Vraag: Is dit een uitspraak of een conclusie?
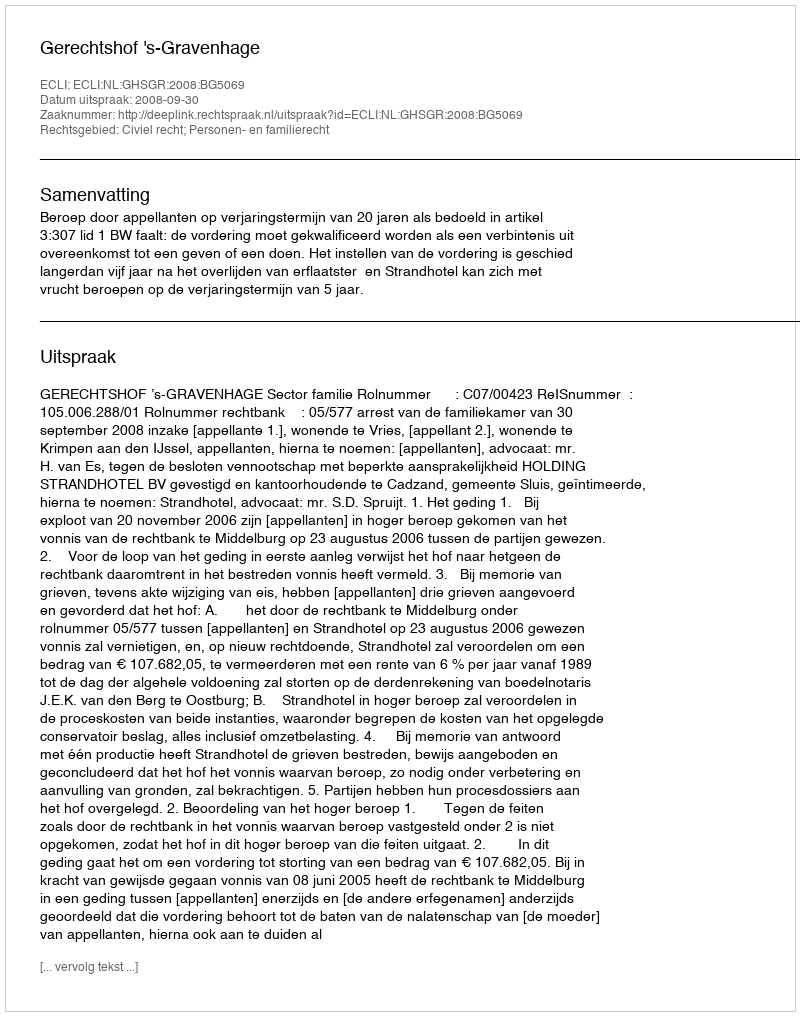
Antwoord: Uitspraak